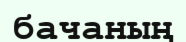
бачаның